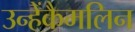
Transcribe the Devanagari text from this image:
उन्हेंकैमलिन